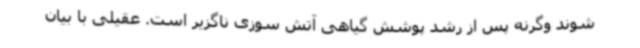
شوند وگرنه پس از رشد پوشش گیاهی آتش سوزی ناگزیر است. عقیلی با بیان